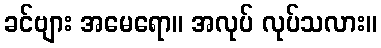
ခင်ဗျား အမေရော။ အလုပ် လုပ်သလား။